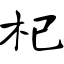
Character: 杞